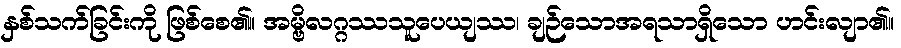
နှစ်သက်ခြင်းကို ဖြစ်စေ၏။ အမ္ဗိလဂ္ဂဿသူပေယျဿ၊ ချဉ်သောအရသာရှိသော ဟင်းလျာ၏။